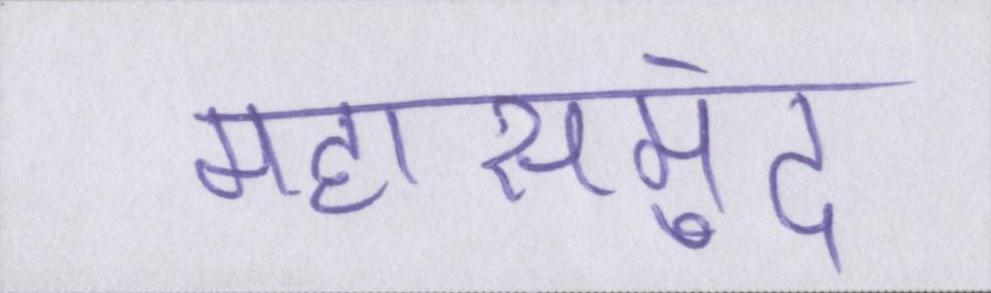
महासमुंद